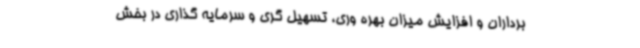
برداران و افزایش میزان بهره وری، تسهیل گری و سرمایه گذاری در بخش